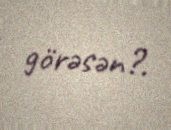
görəsən?.